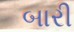
બારી